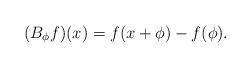
LaTeX: \begin{align*}(B_\phi f)(x) = f(x+\phi) - f(\phi).\end{align*}